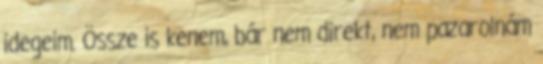
idegeim. Össze is kenem, bár nem direkt, nem pazarolnám